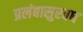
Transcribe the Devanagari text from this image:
प्रलंबासुरवध